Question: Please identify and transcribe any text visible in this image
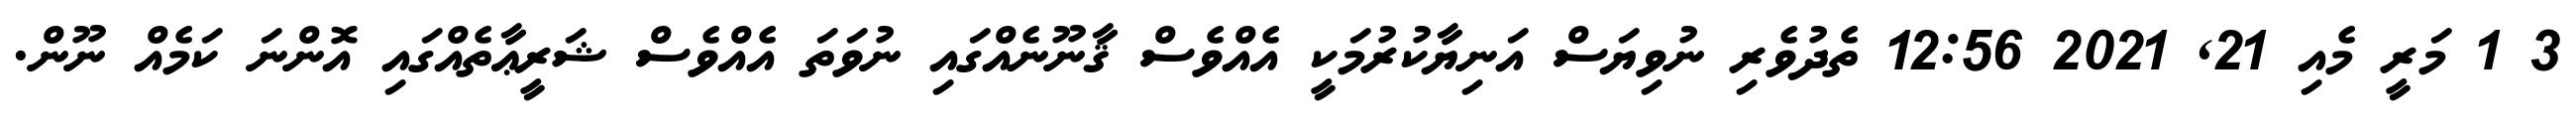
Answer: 3 1 މަރީ މެއި 21, 2021 12:56 ތެދުވެރި ނުވިޔަސް އަނިޔާކުރުމަކީ އެއްވެސް ޤާނޫނެއްގައި ނުވަތަ އެއްވެސް ޝަރީޢާތެއްގައި އޮންނަ ކަމެއް ނޫން.